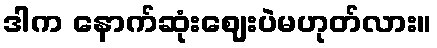
ဒါက နောက်ဆုံးဈေးပဲမဟုတ်လား။